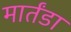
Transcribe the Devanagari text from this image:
मार्तंडा